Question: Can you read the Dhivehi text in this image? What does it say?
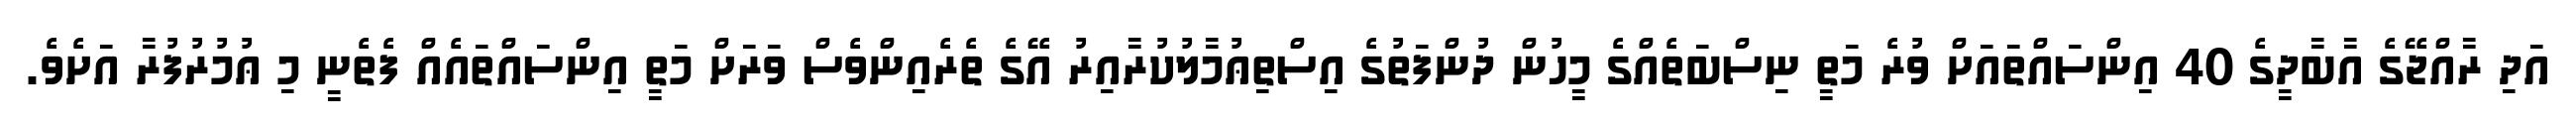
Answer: އަދި ރާއްޖޭގެ އާބާދީގެ 40 އިންސައްތައަށް ވުރެ މަތީ ނިސްބަތެއްގެ މީހުން ދުންފަތުގެ އިސްތިޢުމާލުކުރާއިރު އޭގެ ތެރެއިންވެސް ވަރަށް މަތީ އިންސައްތައެއް ފެތެނީ މި ޢުމުރުފުރާ އަށެވެ.